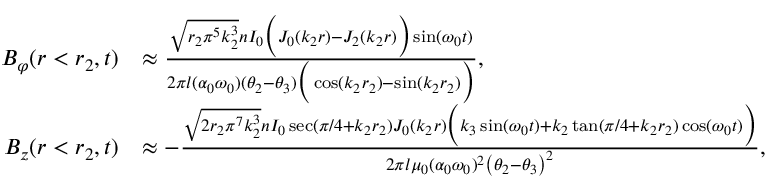
\begin{array} { r l } { B _ { \varphi } ( r < r _ { 2 } , t ) } & { \approx \frac { \sqrt { r _ { 2 } \pi ^ { 5 } k _ { 2 } ^ { 3 } } n I _ { 0 } \Big ( J _ { 0 } ( k _ { 2 } r ) - J _ { 2 } ( k _ { 2 } r ) \Big ) \sin ( \omega _ { 0 } t ) } { 2 \pi l ( \alpha _ { 0 } \omega _ { 0 } ) ( \theta _ { 2 } - \theta _ { 3 } ) \Big ( \cos ( k _ { 2 } r _ { 2 } ) - \sin ( k _ { 2 } r _ { 2 } ) \Big ) } , } \\ { B _ { z } ( r < r _ { 2 } , t ) } & { \approx - \frac { \sqrt { 2 r _ { 2 } \pi ^ { 7 } k _ { 2 } ^ { 3 } } n I _ { 0 } \sec ( \pi / 4 + k _ { 2 } r _ { 2 } ) J _ { 0 } ( k _ { 2 } r ) \Big ( k _ { 3 } \sin ( \omega _ { 0 } t ) + k _ { 2 } \tan ( \pi / 4 + k _ { 2 } r _ { 2 } ) \cos ( \omega _ { 0 } t ) \Big ) } { 2 \pi l \mu _ { 0 } ( \alpha _ { 0 } \omega _ { 0 } ) ^ { 2 } \left( \theta _ { 2 } - \theta _ { 3 } \right) ^ { 2 } } , } \end{array}